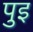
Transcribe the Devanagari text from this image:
पुइ